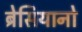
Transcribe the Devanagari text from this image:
ब्रेसियानो